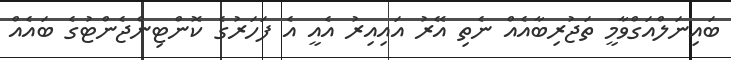
ބައިނަލްއަގްވާމީ ތަޖުރިބާއެއް ނެތި އޭރު އައިއިރު އެއީ އެ ފަހަރުގެ ކޮންޓިންޖެންޓުގެ ބައެެއް